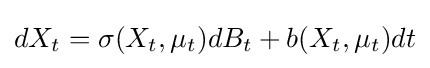
dX_{t}=\sigma (X_{t},\mu _{t})dB_{t}+b(X_{t},\mu _{t})dt